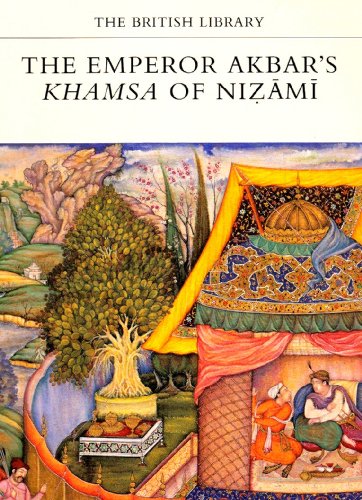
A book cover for The Emperor Akbar's Khamsa of Nizami (The British Library manuscripts in colour series); Barbara Brend; Arts & Photography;